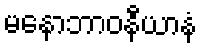
မနောဘာဝနီယာနံ